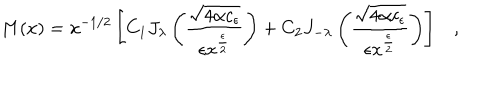
M ( x ) = x ^ { - 1 / 2 } \left[ C _ { 1 } J _ { \lambda } \left( \frac { \sqrt { 4 \alpha c _ { \epsilon } } } { \epsilon x ^ { \frac { \epsilon } { 2 } } } \right) + C _ { 2 } J _ { - { \lambda } } \left( \frac { \sqrt { 4 \alpha c _ { \epsilon } } } { \epsilon x ^ { \frac { \epsilon } { 2 } } } \right) \right] ,